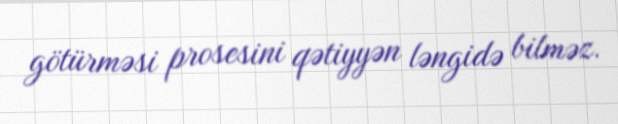
götürməsi prosesini qətiyyən ləngidə bilməz.